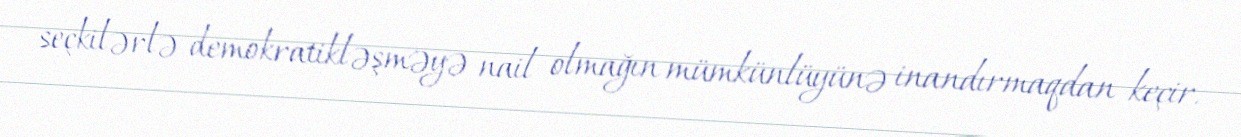
seçkilərlə demokratikləşməyə nail olmağın mümkünlüyünə inandırmaqdan keçir.